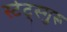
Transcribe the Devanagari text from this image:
स्टेट्स्गुरू